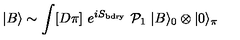
| B \rangle \sim \int [ D \pi ] \ e ^ { i S _ { \mathrm { b d r y } } } \ { \cal P } _ { 1 } \ | B \rangle _ { 0 } \otimes | 0 \rangle _ { \pi }